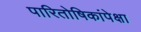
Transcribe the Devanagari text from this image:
पारितोषिकांपेक्षा